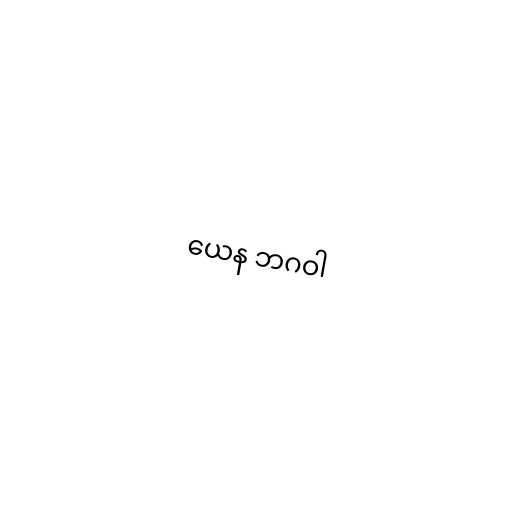
ယေန ဘဂဝါ